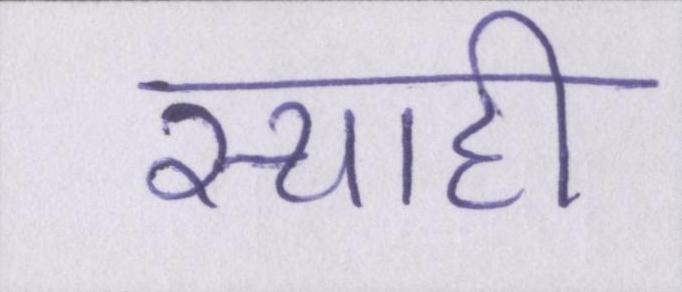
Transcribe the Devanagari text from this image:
स्याही